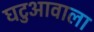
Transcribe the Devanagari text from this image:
घटुआवाला